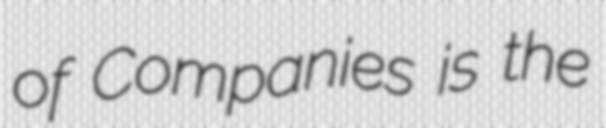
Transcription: of Companies is the